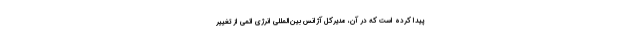
پیدا کرده است که در آن، مدیرکل آژانس بین‌المللی انرژی اتمی از تغییر